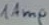
Text: 1Amp